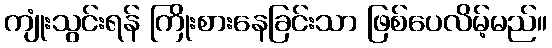
ကျုံးသွင်းရန် ကြိုးစားနေခြင်းသာ ဖြစ်ပေလိမ့်မည်။